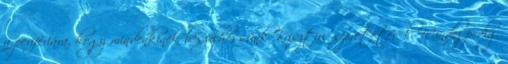
a perifériára, hogy mindenkinek beszélhessünk Krisztus szeretetéről. Mindez pedig